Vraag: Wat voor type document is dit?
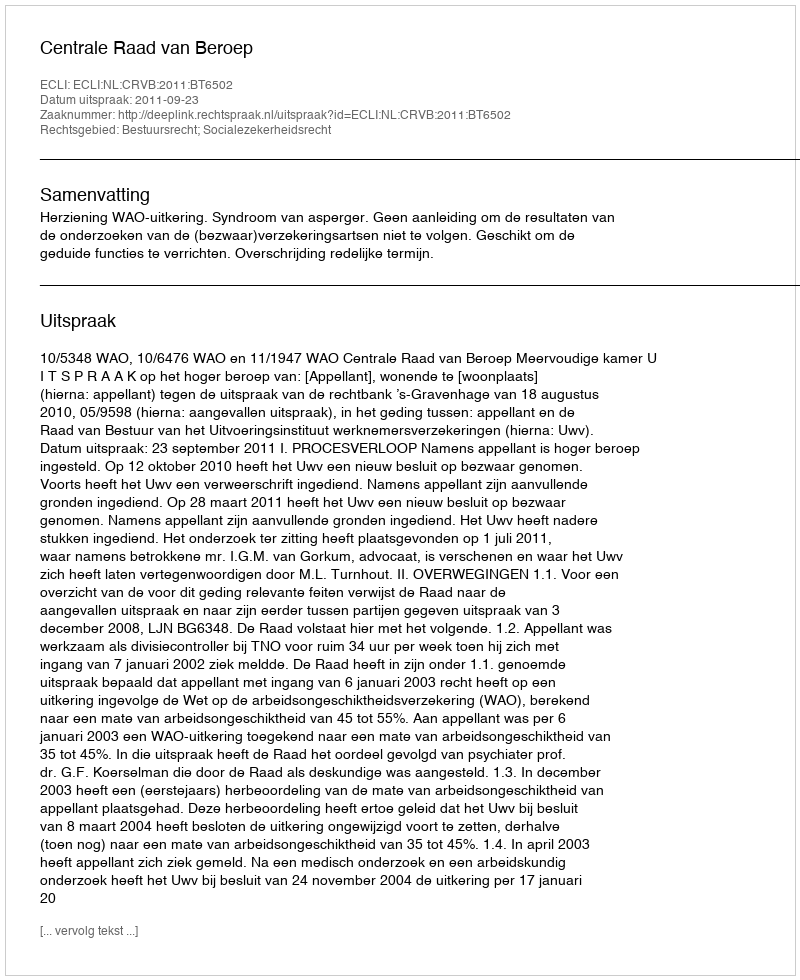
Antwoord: Uitspraak